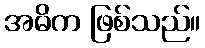
အဓိက ဖြစ်သည်။